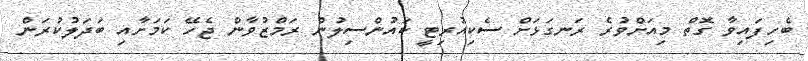
ބެހިފައިވާ ގޮތް މިއަށްވުރެ ރަނގަޅަށް ސެކިއުރިޓީ ކައުންސިލުން ރަމްޒުވާން ޖެހޭ ކަމަށާއި ބަދަލުކުރަން